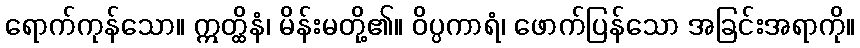
ရောက်ကုန်သော။ ဣတ္ထိနံ၊ မိန်းမတို့၏။ ဝိပ္ပကာရံ၊ ဖောက်ပြန်သော အခြင်းအရာကို။